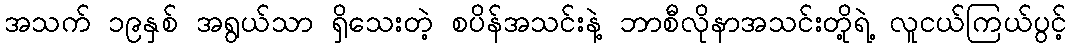
အသက် ၁၉နှစ် အရွယ်သာ ရှိသေးတဲ့ စပိန်အသင်းနဲ့ ဘာစီလိုနာအသင်းတို့ရဲ့ လူငယ်ကြယ်ပွင့်